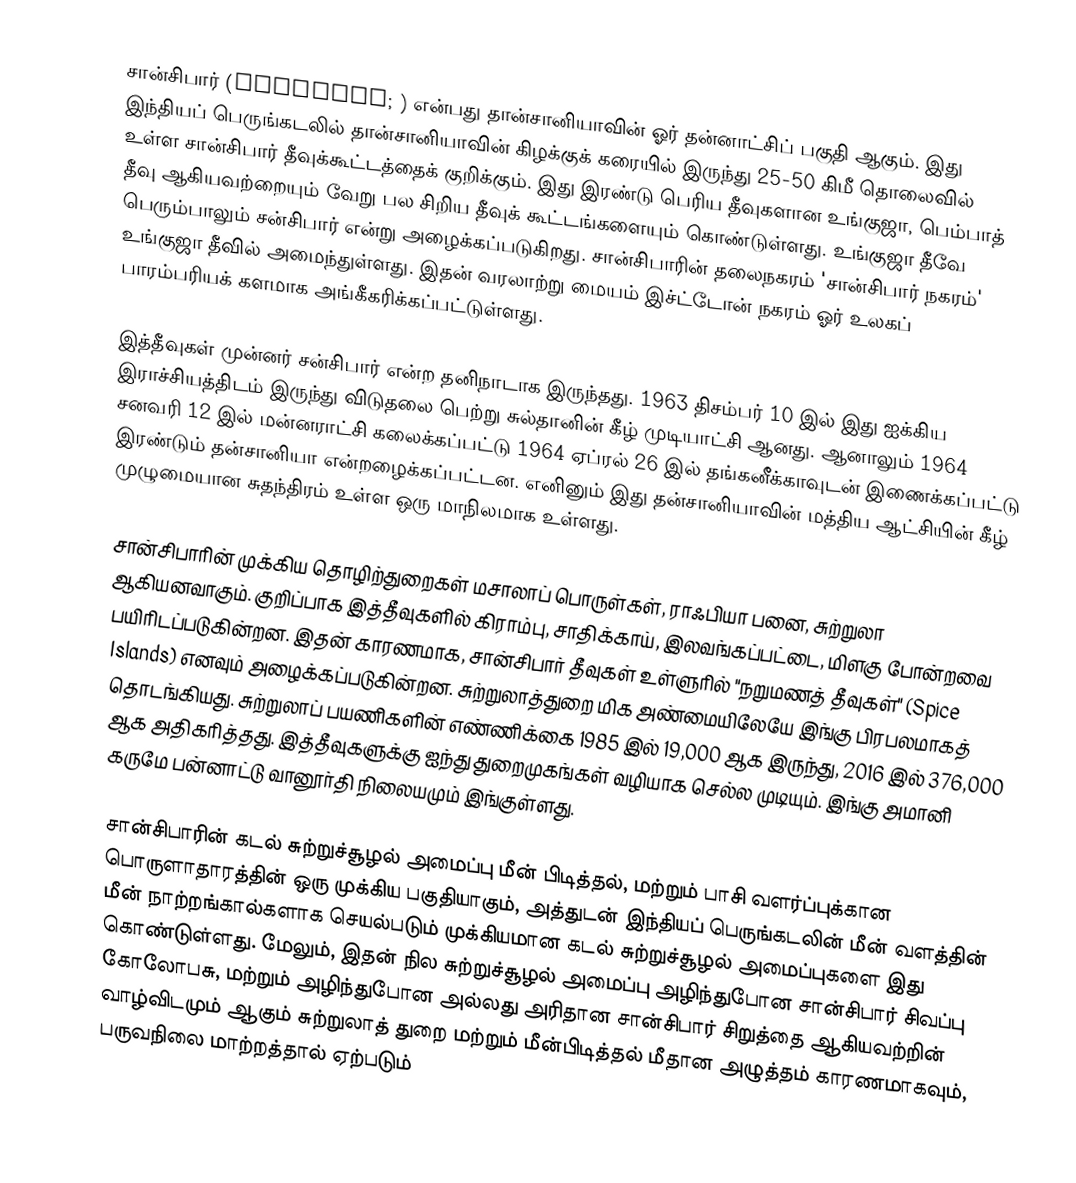
சான்சிபார் (Zanzibar; ) என்பது தான்சானியாவின் ஓர் தன்னாட்சிப் பகுதி ஆகும். இது இந்தியப் பெருங்கடலில் தான்சானியாவின் கிழக்குக் கரையில் இருந்து 25-50 கிமீ தொலைவில் உள்ள சான்சிபார் தீவுக்கூட்டத்தைக் குறிக்கும். இது இரண்டு பெரிய தீவுகளான உங்குஜா, பெம்பாத் தீவு ஆகியவற்றையும் வேறு பல சிறிய தீவுக் கூட்டங்களையும் கொண்டுள்ளது. உங்குஜா தீவே பெரும்பாலும் சன்சிபார் என்று அழைக்கப்படுகிறது. சான்சிபாரின் தலைநகரம் 'சான்சிபார் நகரம்' உங்குஜா தீவில் அமைந்துள்ளது. இதன் வரலாற்று மையம் இச்ட்டோன் நகரம் ஓர் உலகப் பாரம்பரியக் களமாக அங்கீகரிக்கப்பட்டுள்ளது.

இத்தீவுகள் முன்னர் சன்சிபார் என்ற தனிநாடாக இருந்தது. 1963 திசம்பர் 10 இல் இது ஐக்கிய இராச்சியத்திடம் இருந்து விடுதலை பெற்று சுல்தானின் கீழ் முடியாட்சி ஆனது. ஆனாலும் 1964 சனவரி 12 இல் மன்னராட்சி கலைக்கப்பட்டு 1964 ஏப்ரல் 26 இல் தங்கனீக்காவுடன் இணைக்கப்பட்டு இரண்டும் தன்சானியா என்றழைக்கப்பட்டன. எனினும் இது தன்சானியாவின் மத்திய ஆட்சியின் கீழ் முழுமையான சுதந்திரம் உள்ள ஒரு மாநிலமாக உள்ளது.

சான்சிபாரின் முக்கிய தொழிற்துறைகள் மசாலாப் பொருள்கள், ராஃபியா பனை, சுற்றுலா ஆகியனவாகும். குறிப்பாக இத்தீவுகளில் கிராம்பு, சாதிக்காய், இலவங்கப்பட்டை, மிளகு போன்றவை பயிரிடப்படுகின்றன. இதன் காரணமாக, சான்சிபார் தீவுகள் உள்ளுரில் "நறுமணத் தீவுகள்" (Spice Islands) எனவும் அழைக்கப்படுகின்றன. சுற்றுலாத்துறை மிக அண்மையிலேயே இங்கு பிரபலமாகத் தொடங்கியது. சுற்றுலாப் பயணிகளின் எண்ணிக்கை 1985 இல் 19,000 ஆக இருந்து, 2016 இல் 376,000 ஆக அதிகரித்தது. இத்தீவுகளுக்கு ஐந்து துறைமுகங்கள் வழியாக செல்ல முடியும். இங்கு அமானி கருமே பன்னாட்டு வானூர்தி நிலையமும் இங்குள்ளது.

சான்சிபாரின் கடல் சுற்றுச்சூழல் அமைப்பு மீன் பிடித்தல், மற்றும் பாசி வளர்ப்புக்கான பொருளாதாரத்தின் ஒரு முக்கிய பகுதியாகும், அத்துடன் இந்தியப் பெருங்கடலின் மீன் வளத்தின் மீன் நாற்றங்கால்களாக செயல்படும் முக்கியமான கடல் சுற்றுச்சூழல் அமைப்புகளை இது கொண்டுள்ளது. மேலும், இதன் நில சுற்றுச்சூழல் அமைப்பு அழிந்துபோன சான்சிபார் சிவப்பு கோலோபசு, மற்றும் அழிந்துபோன அல்லது அரிதான சான்சிபார் சிறுத்தை ஆகியவற்றின் வாழ்விடமும் ஆகும் சுற்றுலாத் துறை மற்றும் மீன்பிடித்தல் மீதான அழுத்தம் காரணமாகவும், பருவநிலை மாற்றத்தால் ஏற்படும்